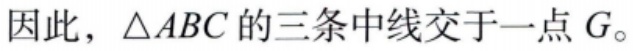
因此，\(\triangle ABC\)的三条中线交于一点\(G\)。